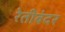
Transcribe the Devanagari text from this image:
रेतीबंदर